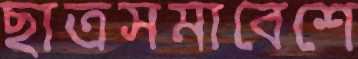
ছাত্রসমাবেশে